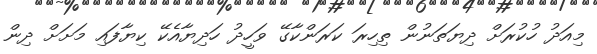
މިއަދު ހުކުރަށް ދިޔަތަނުން ތިހިރަ ކަރަންކާގޭ ވަހީދު ހަދިޔާއެކޭ ކިޔާފައި މަށަށް ދިން